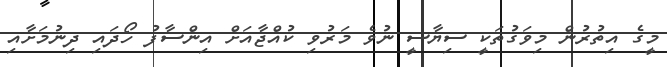
މީގެ އިތުރުން މިވަގުތަކީ ސިޔާސީ ނުވެ މަރުވި ކުއްޖާއަށް އިންސާފު ހޯދައި ދިނުމަށާއި